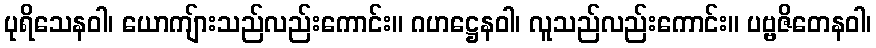
ပုရိသေနဝါ၊ ယောကျ်ားသည်လည်းကောင်း။ ဂဟဋ္ဌေနဝါ၊ လူသည်လည်းကောင်း။ ပဗ္ဗဇိတေနဝါ၊